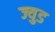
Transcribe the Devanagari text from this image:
ज्युड